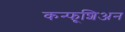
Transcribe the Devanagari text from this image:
कन्फूशिअन